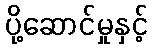
ပို့ဆောင်မှုနှင့်